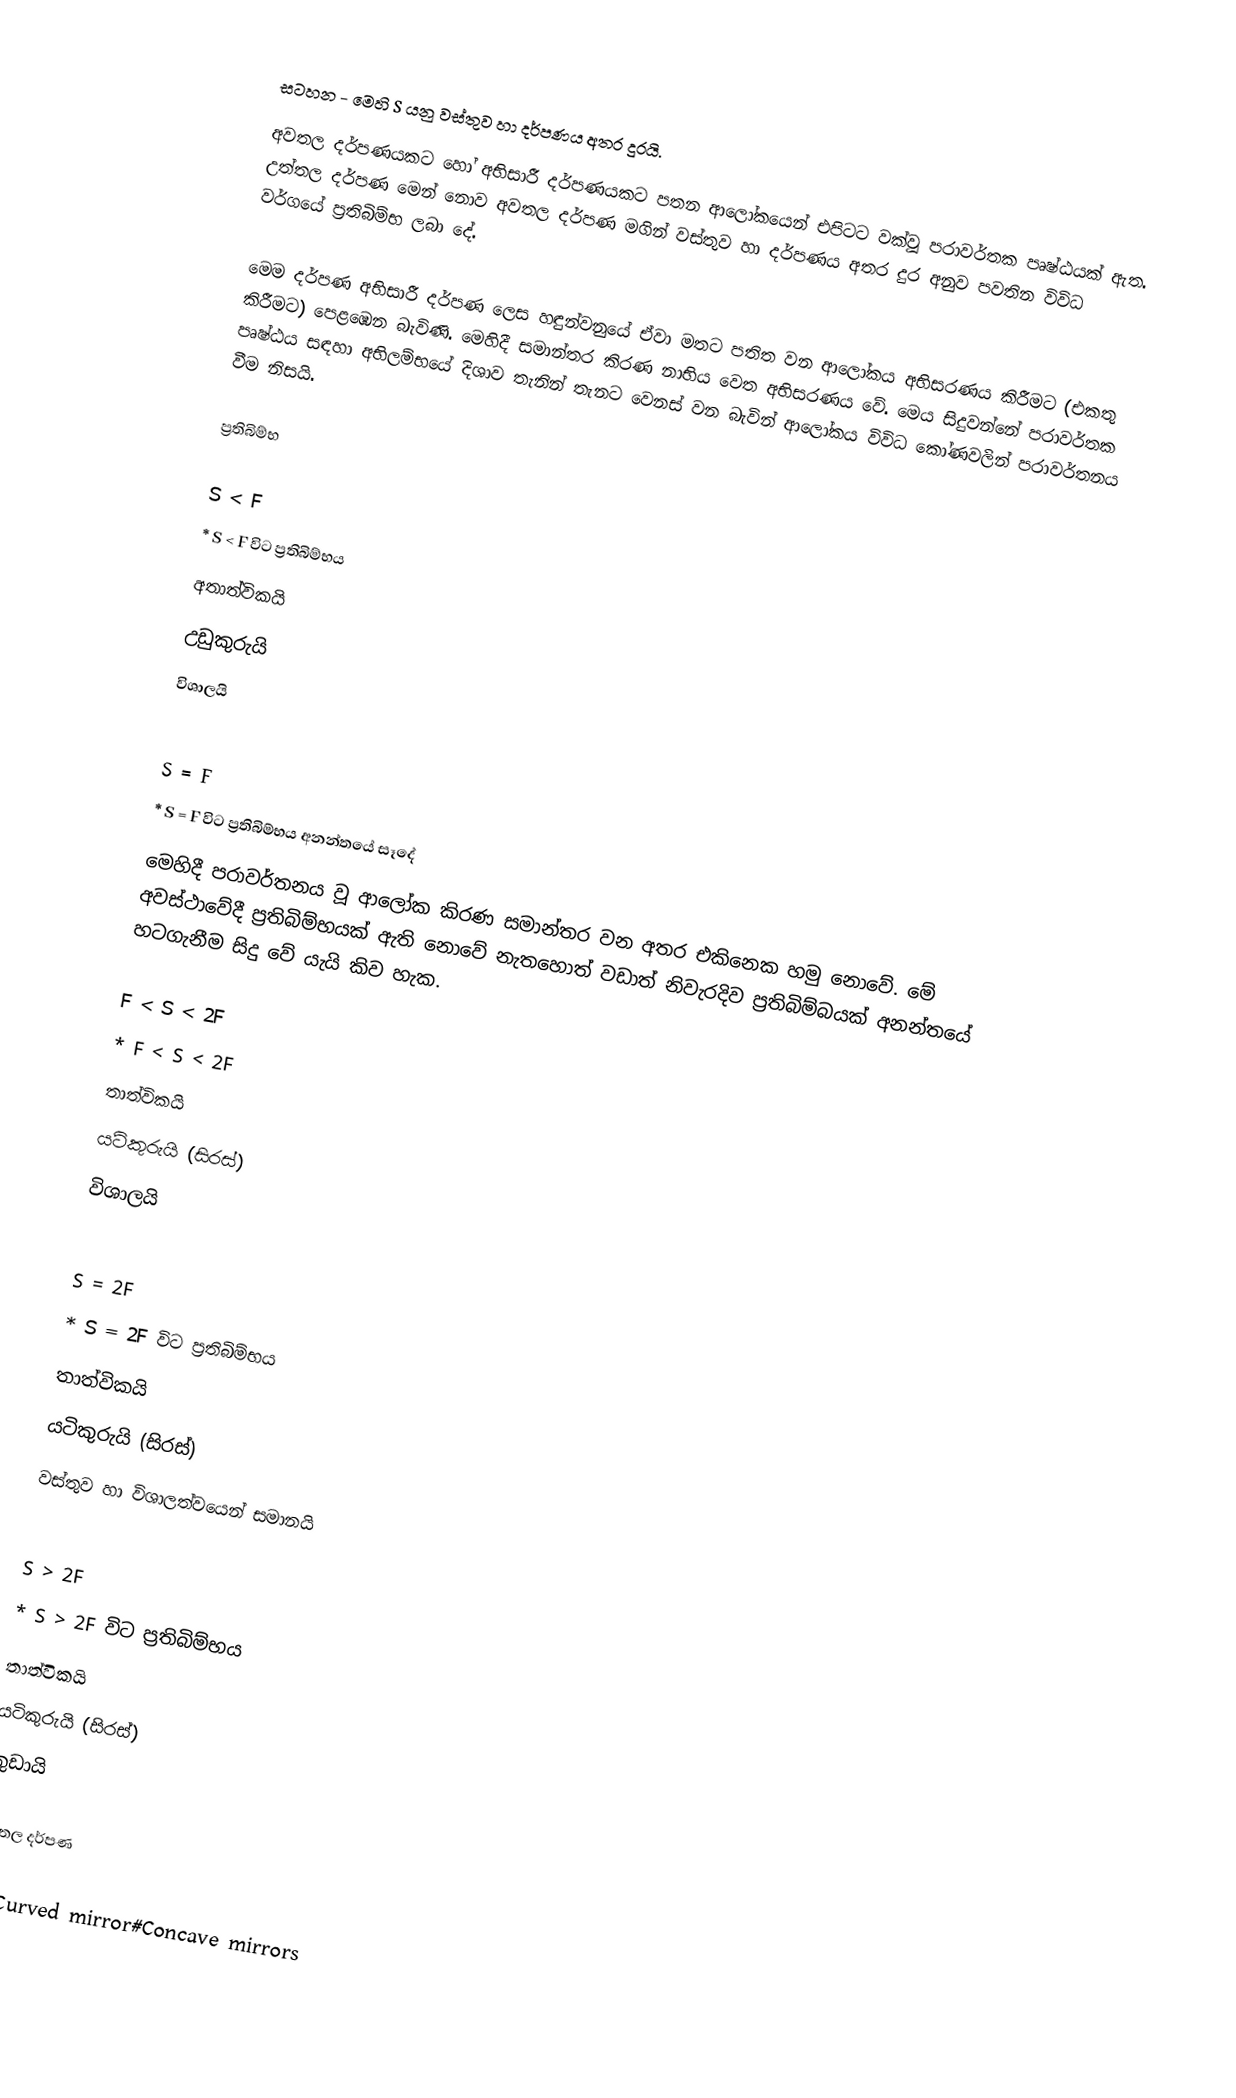
සටහන - 	මෙහි S  යනු වස්තුව හා දර්පණය අතර දුරයි.
අවතල දර්පණයකට හෝ අභිසාරී දර්පණයකට පතන ආලෝකයෙන් එපිටට වක්වූ පරාවර්තක ‍පෘෂ්ඨයක් ඇත. උත්තල දර්පණ මෙන් නොව අවතල දර්පණ  මගින් වස්තුව හා දර්පණය අතර දුර අනුව පවතින විවිධ වර්ගයේ ප්‍රතිබිම්භ ලබා දේ.

මෙම  දර්පණ අභිසාරී දර්පණ ලෙස හඳුන්වනුයේ ඒවා මතට පතිත වන ආලෝකය අභිසරණය කිරීමට (එකතු කිරීමට) පෙළඹෙන බැවිණි. මෙහිදී සමාන්තර කිරණ නාභිය වෙත අභිසරණය වේ. මෙය සිදුවන්නේ පරාවර්තක පෘෂ්ඨය සඳහා අභිලම්භයේ දිශාව තැනින් තැනට වෙනස් වන බැවින් ආලෝකය විවිධ කෝණවලින් පරාවර්තනය වීම නිසයි.

ප්‍රතිබිම්භ

S <  F
	*  S <  F  විට  ප්‍රතිබිම්භය
	අතාත්විකයි
	උඩුකුරුයි
	විශාලයි

S =  F
	*   S = F විට ප්‍රතිබිම්භය අනන්තයේ සෑදේ
	මෙහිදී පරාවර්තනය වූ ආලෝක කිරණ සමාන්තර වන අතර එකිනෙක හමු නොවේ. මේ අවස්ථාවේදී ප්‍රතිබිම්භයක් ඇති නොවේ නැතහොත් වඩාත් නිවැරදිව ප්‍රතිබිම්බයක් අනන්තයේ හටගැනීම සිදු වේ යැයි කිව හැක.

F < S < 2F
	*	F < S < 2F
	තාත්විකයි
	යටිකුරුයි  (සිරස්)
	විශාලයි

S = 2F
	*	S = 2F  විට ප්‍රතිබිම්භය
	තාත්විකයි
	යටිකුරුයි (සිරස්)
	වස්තුව හා විශාලත්වයෙන් සමානයි

S >  2F
	*	S >  2F විට ප්‍රතිබිම්භය
	තාත්විකයි
	යටිකුරුයි (සිරස්)
	කුඩායි

අවතල දර්පණ

en:Curved mirror#Concave mirrors